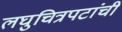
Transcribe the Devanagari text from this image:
लघुचित्रपटांची